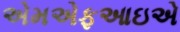
એમએફઆઇએ